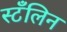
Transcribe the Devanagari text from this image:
स्टँलिन